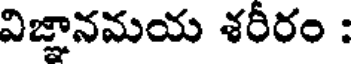
విజ్ఞానమయ శరీరం :